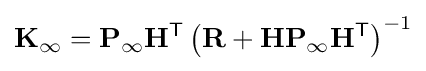
\mathbf {K} _{\infty }=\mathbf {P} _{\infty }\mathbf {H} ^{\textsf {T}}\left(\mathbf {R} +\mathbf {H} \mathbf {P} _{\infty }\mathbf {H} ^{\textsf {T}}\right)^{-1}